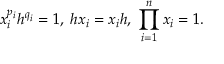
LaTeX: x _ { i } ^ { p _ { i } } h ^ { q _ { i } } = 1 , \; h x _ { i } = x _ { i } h , \; \prod _ { i = 1 } ^ { n } x _ { i } = 1 .